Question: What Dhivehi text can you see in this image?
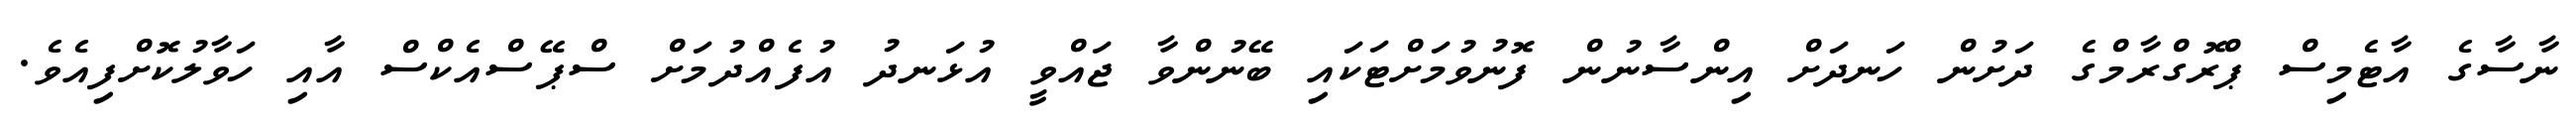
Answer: ނާސާގެ އާޓެމިސް ޕްރޮގްރާމްގެ ދަށުން ހަނދަށް އިންސާނުން ފޮނުވުމަށްޓަކައި ބޭނުންވާ ޖައްވީ އުޅަނދު އުފެއްދުމަށް ސްޕޭސްއެކްސް އާއި ހަވާލުކޮށްފިއެވެ.